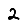
Digit: 2